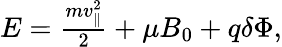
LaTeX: \begin{array}{r}{E=\frac{mv_{\| }^{2}}{2}+\mu B_{0}+q\delta\Phi,}\end{array}